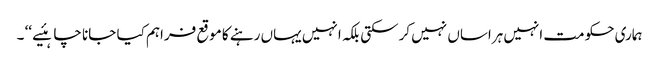
ہماری حکومت انہیں ہراساں نہیں کرسکتی بلکہ انہیں یہاں رہنے کا موقع فراہم کیا جانا چاہئیے ‘‘ ۔